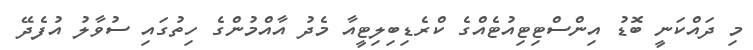
މި ދައްކަނީ ބޮޑު އިންސްޓިޓިއުޓެއްގެ ކްރެޑިބިލިޓީއާ މެދު އާއްމުންގެ ހިތުގައި ސުވާލު އުފެދޭ